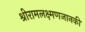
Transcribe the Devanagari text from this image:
श्रीरामलक्ष्मणजानकी